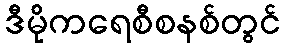
ဒီမိုကရေစီစနစ်တွင်